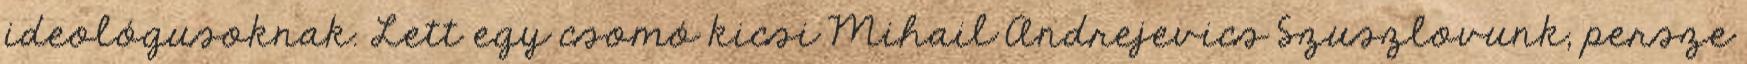
ideológusoknak. Lett egy csomó kicsi Mihail Andrejevics Szuszlovunk, persze